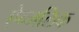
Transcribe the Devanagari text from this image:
ऐन्जलिक